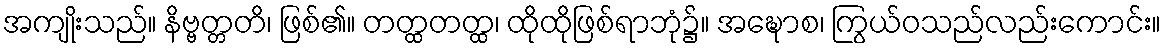
အကျိုးသည်။ နိဗ္ဗတ္တတိ၊ ဖြစ်၏။ တတ္ထတတ္ထ၊ ထိုထိုဖြစ်ရာဘုံ၌။ အဍ္ဎောစ၊ ကြွယ်ဝသည်လည်းကောင်း။